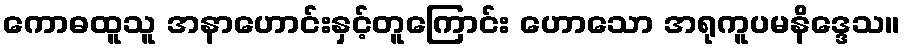
ကောဓထူသူ အနာဟောင်းနှင့်တူကြောင်း ဟောသော အရုကူပမနိဒ္ဒေသ။